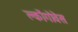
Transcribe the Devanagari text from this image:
क्लोंगोवेस